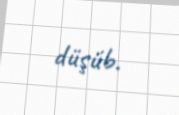
düşüb.